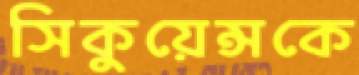
সিকুয়েন্সকে